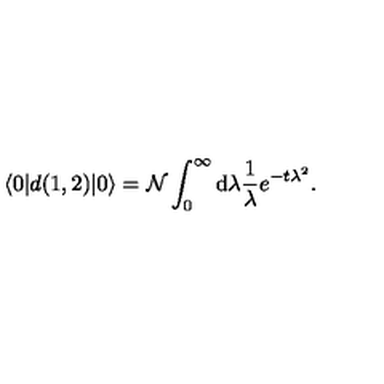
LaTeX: \langle 0 | d ( 1 , 2 ) | 0 \rangle = { \cal N } \int _ { 0 } ^ { \infty } \mathrm { d } \lambda \frac { 1 } { \lambda } e ^ { - t \lambda ^ { 2 } } .